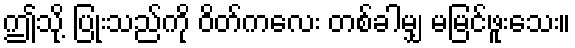
ဤသို့ ပြုံးသည်ကို ဝိတ်ကလေး တစ်ခါမျှ မမြင်ဖူးသေး။